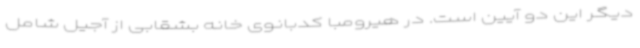
دیگر این دو آیین است. در هیرومبا کدبانوی خانه بشقابی از آجیل شامل